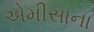
એમીસાના